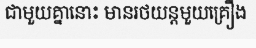
ជាមួយគ្នានោះ មានរថយន្តមួយគ្រឿង